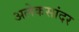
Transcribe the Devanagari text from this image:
अलेकसांदर